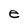
Character: e